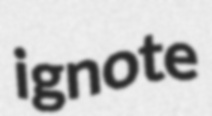
ignote